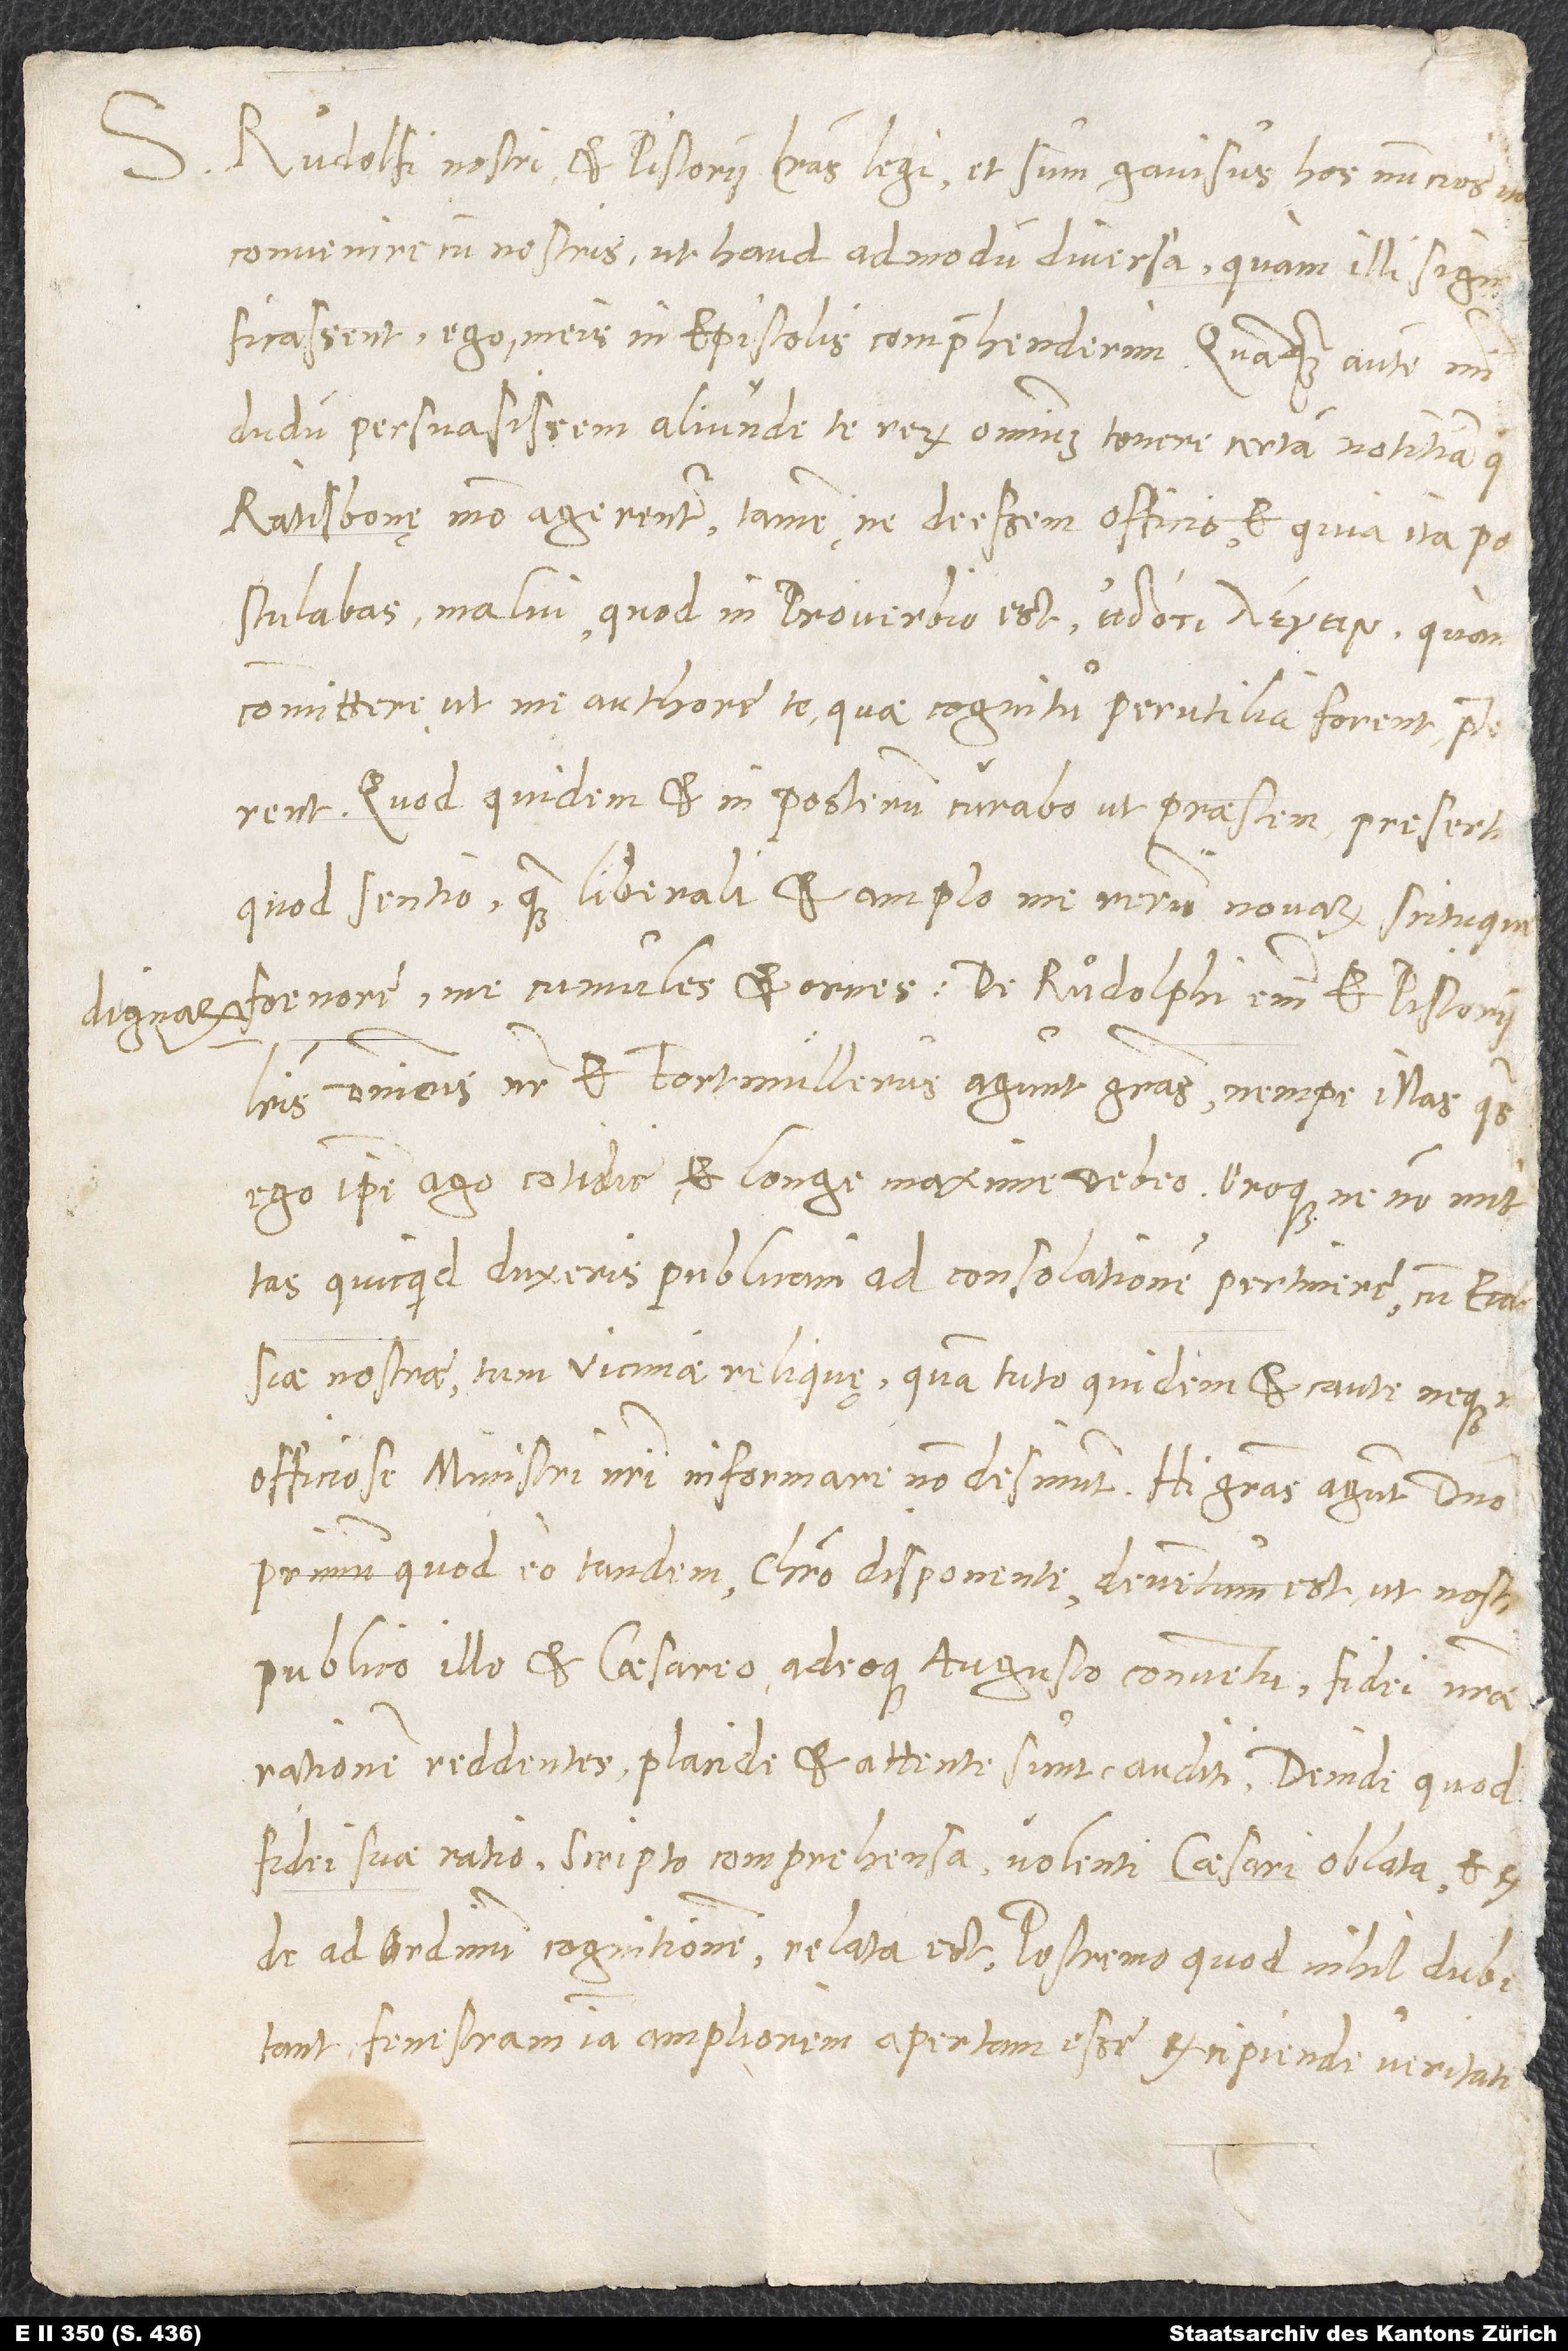
Ruͦdolfi nostri et Pistorii literas legi et sum gavisus, hos nuntios
convenire cum nostris, ut haud admodum diversa, quam illi significassent,
ego meis in epistolis comprehenderim. Quamquam autem mihi
dudum persuasissem, aliunde te rerum omnium tenere certam notitiam, quae
Ratisbonę modo agerentur, tamen, ne deessem officio et quia ita
postulabas, malui, quod in proverbio est,
committere, ut me auctore te, quae cognitu perutilia forent, praeterirent;
quod quidem et in posterum curabo, ut praestem, praesertim
quod sentio, quam liberali et amplo me rerum novarum scituque
dignarum fenore me cumules et ornes. De Ruͦdolphi enim et Pistorii
literis Dominicus noster et Fortmüllerus agunt gratias, nempe illas, quas
ego ipse ago cotidie et longe maxime debeo, oroque, ne non mittas,
quicquid duxeris publicam ad consolationem pertinere cum ecclesiae
nostrae, tum viciniae reliquę, quam tuto quidem et caute neque
inofficiose ministri nostri informare non desinunt. Hi gratias agunt domino,
primum quod eo tandem Christo disponente deventum est, ut nostri,
publico illo et Caesareo adeoque augusto conventu fidei nostrae
rationem reddentes, placide et attente sunt auditi; deinde quod
fidei suae ratio scripto comprehensa volenti Caesari oblata et
ad ordinum cognitionem relata est; postremo quod nihil dubitant
fenestram iam ampliorem apertam esse excipiendę veritati,